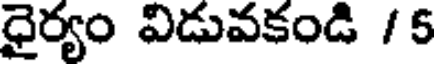
ధైర్యం విడువకండి /5